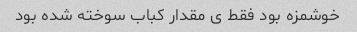
خوشمزه بود فقط ی مقدار کباب سوخته شده بود